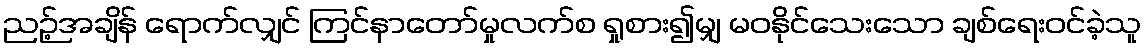
ညဉ့်အချိန် ရောက်လျှင် ကြင်နာတော်မှုလက်စ ရှုစား၍မျှ မဝနိုင်သေးသော ချစ်ရေးဝင်ခဲ့သူ